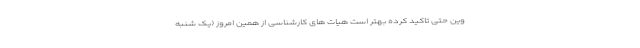
وین حتی تاکید کرده بهتر است هیات های کارشناسی از همین امروز (یک شنبه